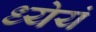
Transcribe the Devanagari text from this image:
ध्येयं